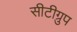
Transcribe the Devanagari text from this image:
सीटीग्रुप